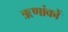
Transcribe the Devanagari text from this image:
ऋणांकों